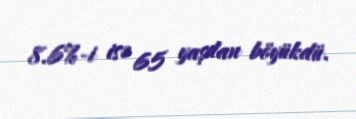
8.6%-i isə 65 yaşdan böyükdü.